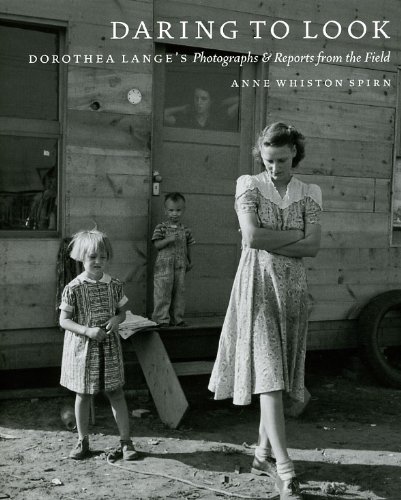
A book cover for Daring to Look: Dorothea Lange's Photographs and Reports from the Field; Anne Whiston Spirn; Arts & Photography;